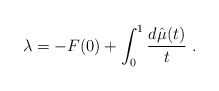
\begin{align*}\lambda = -F(0) + \int_0^1 \frac{d\hat\mu(t)}t\ .\end{align*}